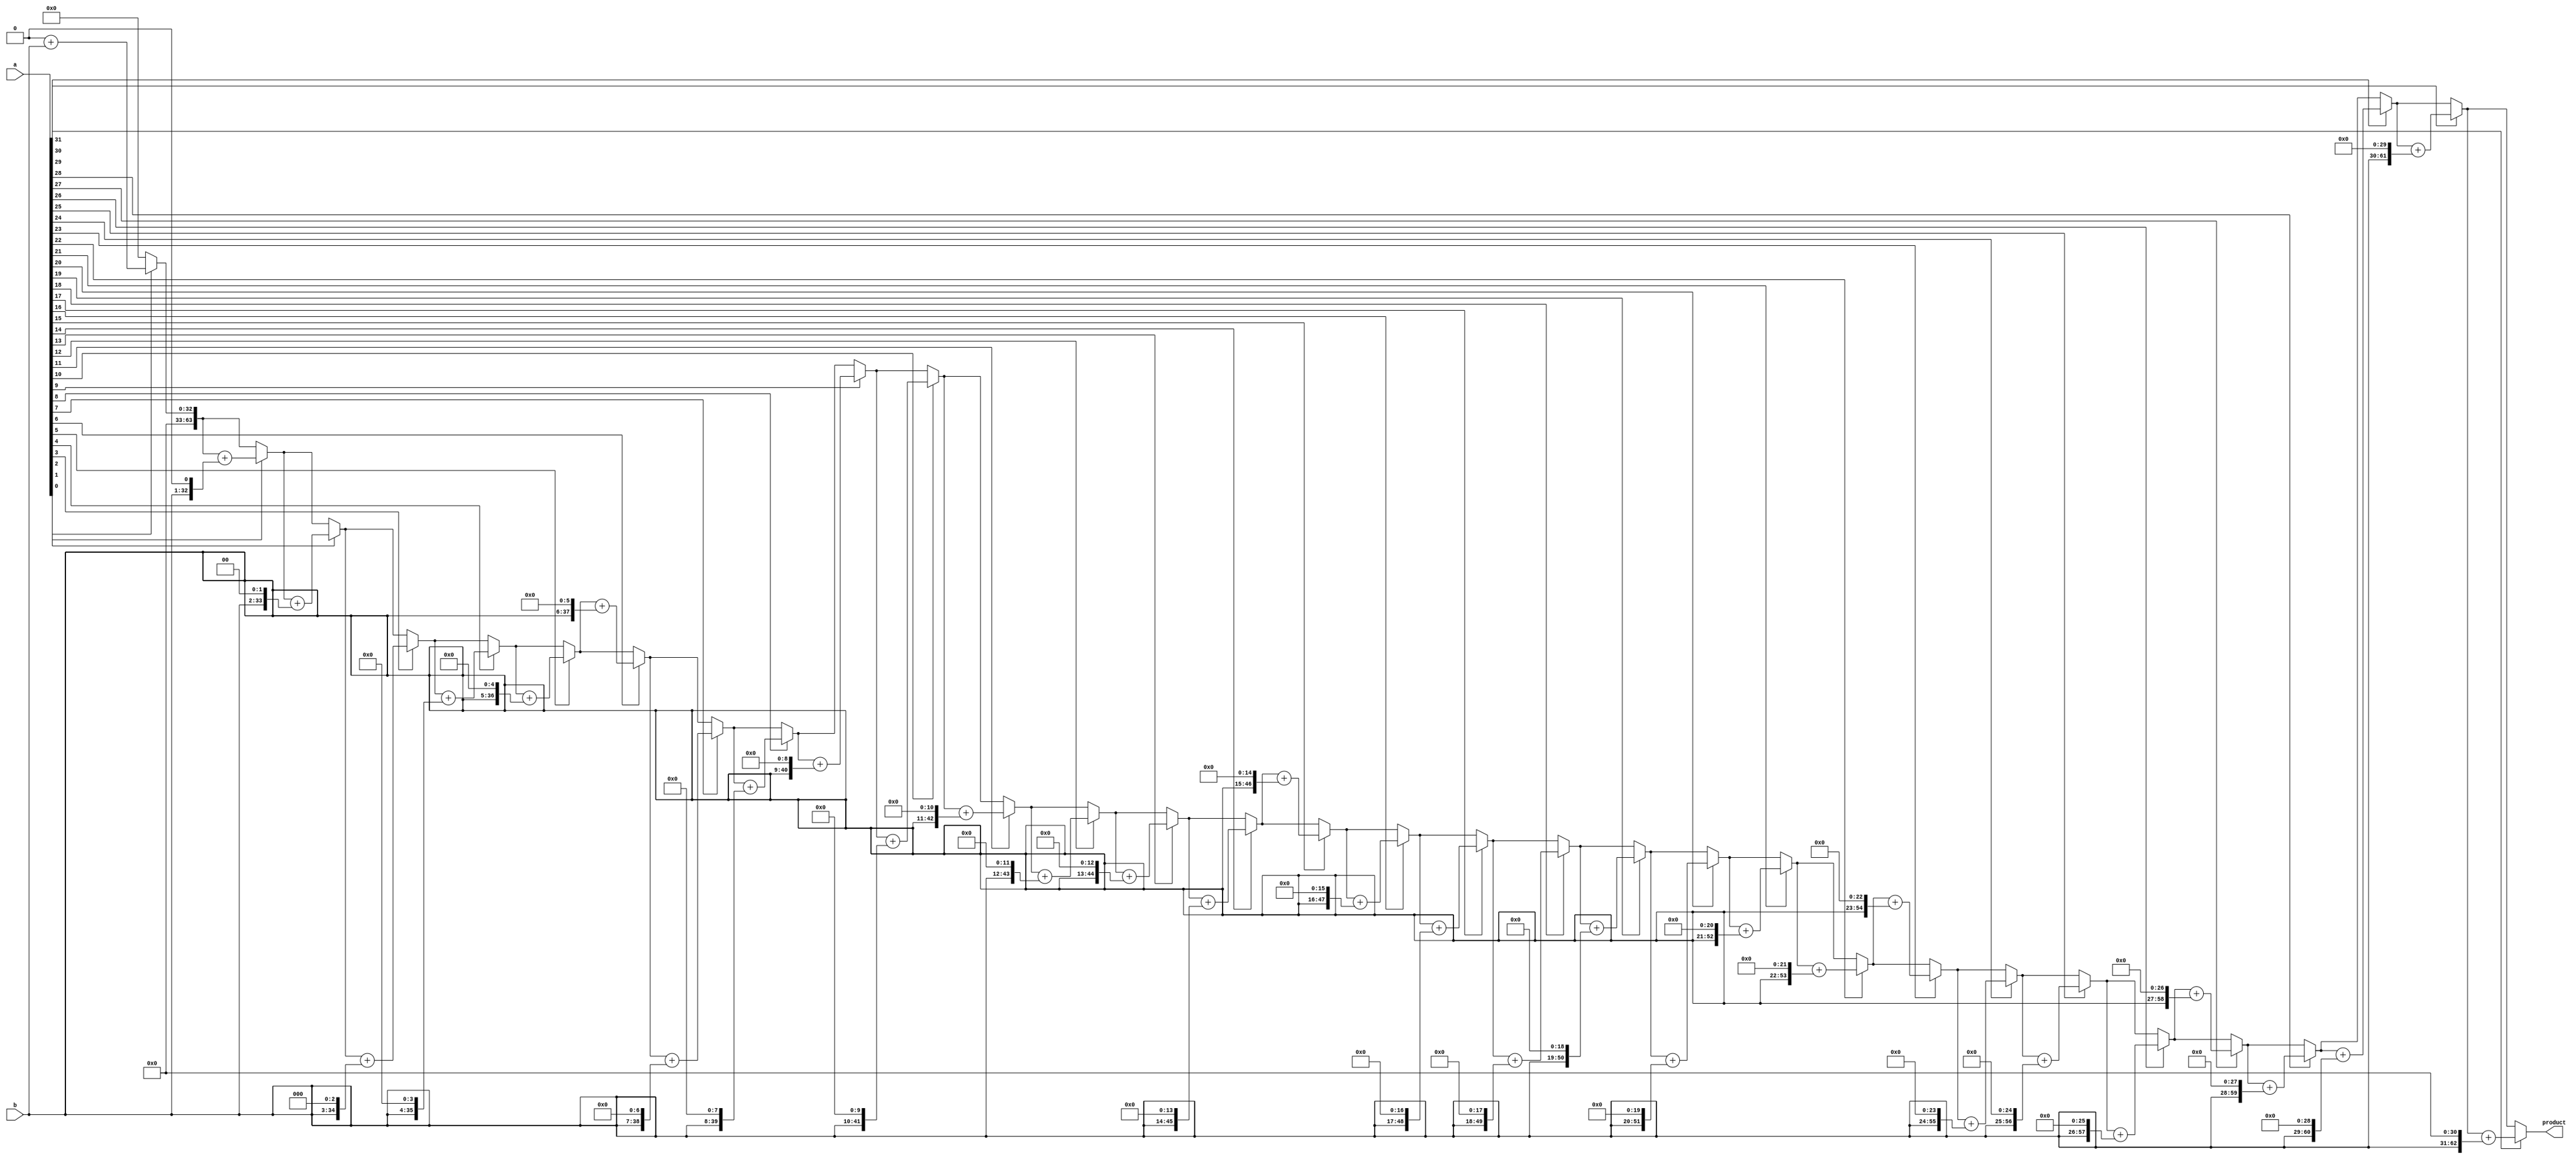
`timescale 1ns / 1ps
//////////////////////////////////////////////////////////////////////////////////
// Company: 
// Engineer: 
// 
// Design Name: 
// Module Name:    Left_Shift 
// Project Name: 
// Target Devices: 
// Tool versions: 
// Description: 
//
// Dependencies: 
//
// Revision: 
// Revision 0.01 - File Created
// Additional Comments: 
//
//////////////////////////////////////////////////////////////////////////////////
module Left_Shift(
    input [31:0] a,
    input [31:0] b,
    output reg [63:0] product
    );
  
  

	 reg [31:0] multiplier;
	 reg [31:0] multiplicand;
	 reg [63:0] temp;
	 integer i;
	 
	
	 always @(*)
	 begin
		      i=0;
				product =64'b0;
				multiplier=a;
				multiplicand =b;
				temp = {32'b0,multiplicand};
		repeat(32)
		begin  
				if(multiplier[i]==1)
				begin
					product=product+((temp)<<i);
				end
				i=i+1;
		end
	 end
endmodule